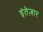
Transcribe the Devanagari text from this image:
इंतेज़ार